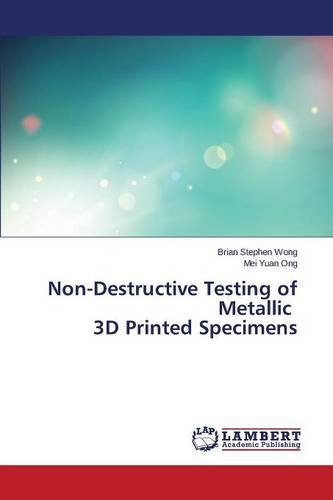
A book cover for Non-Destructive Testing of Metallic 3D Printed Specimens; Wong Brian Stephen; Computers & Technology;